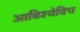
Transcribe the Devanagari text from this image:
आबिश्येविच